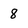
Character: 8